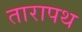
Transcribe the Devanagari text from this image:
तारापथ